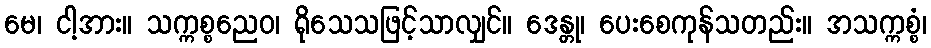
မေ၊ ငါ့အား။ သက္ကစ္စညေဝ၊ ရိုသေသဖြင့်သာလျှင်။ ဒေန္တု၊ ပေးစေကုန်သတည်း။ အသက္ကစ္စံ၊